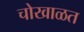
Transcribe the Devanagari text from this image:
चोखाळत